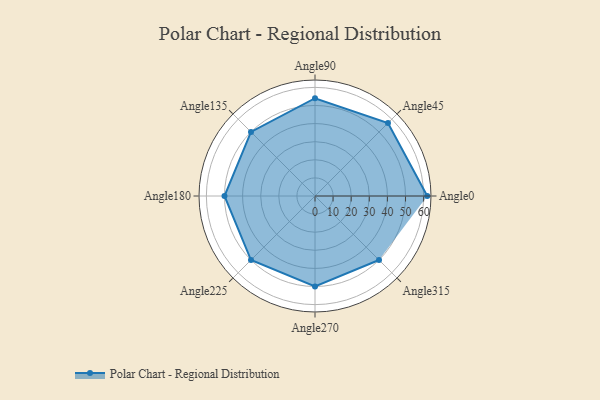
{"axis": {"x": "Angle", "y": "Radius"}, "legend": [""], "data": [{"x": "Angle0", "y": 62.0, "type": ""}, {"x": "Angle45", "y": 57.0, "type": ""}, {"x": "Angle90", "y": 54.0, "type": ""}, {"x": "Angle135", "y": 50, "type": ""}, {"x": "Angle180", "y": 50, "type": ""}, {"x": "Angle225", "y": 50, "type": ""}, {"x": "Angle270", "y": 50, "type": ""}, {"x": "Angle315", "y": 50, "type": ""}]}